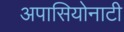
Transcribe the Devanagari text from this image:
अपासियोनाटी